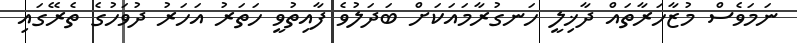
ނަމަވެސް މުޒާހަރާތައް ދާޚިލީ ހަނގުރާމައަކަށް ބަދަލުވެ ފާއިތުވީ ހަތަރު އަހަރު ދުވަހުގެ ތެރޭގައި